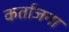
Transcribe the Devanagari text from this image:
कर्ताजना